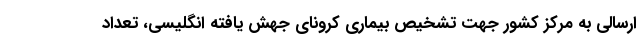
ارسالی به مرکز کشور جهت تشخیص بیماری کرونای جهش یافته انگلیسی، تعداد